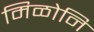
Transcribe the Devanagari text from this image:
मिळोनि